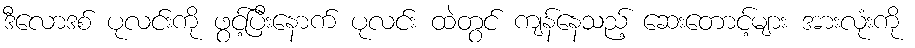
ဒီလောဒစ် ပုလင်းကို ဖွင့်ပြီးနောက် ပုလင်း ထဲတွင် ကျန်နေသည့် ဆေးတောင့်များ အားလုံးကို